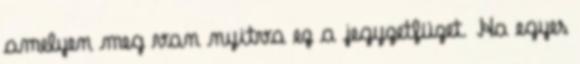
amelyen meg van nyitva ez a jegyzetfüzet. Ha egyes